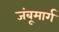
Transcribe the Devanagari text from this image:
जंबूमार्ग